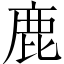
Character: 鹿